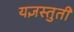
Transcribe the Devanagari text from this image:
यज्ञस्तुती